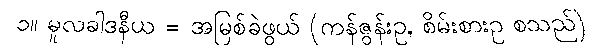
၁။ မူလခါဒနီယ = အမြစ်ခဲဖွယ် (ကန်ဇွန်းဥ, စိမ်းစားဥ စသည်)